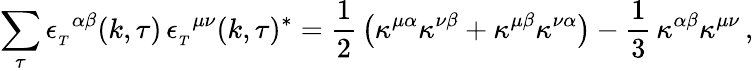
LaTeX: \sum_{\tau}{\epsilon_{_T}}^{\alpha\beta}(k,\tau)\, {\epsilon_{_T}}^{\mu\nu}(k,\tau)^{*}={\frac{1}{2}}\left(\kappa^{\mu\alpha}\kappa^{\nu\beta}+\kappa^{\mu\beta}\kappa^{\nu\alpha}\right)-{\frac{1}{3}}\, \kappa^{\alpha\beta}\kappa^{\mu\nu}\, ,